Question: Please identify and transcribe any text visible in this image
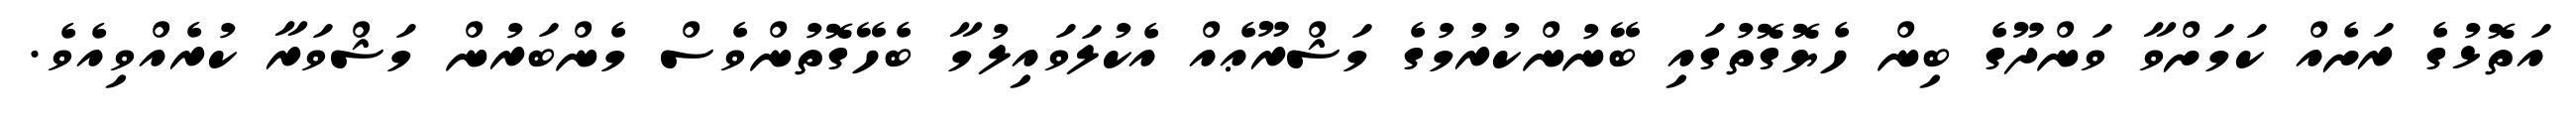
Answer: އަތޮޅުގެ ރަށެއް ކަމަށްވާ ވަންދޫގެ ބިން ހެޔޮގޮތުގައި ބޭނުންކުރުމުގެ މަޝްރޫޢެއް އެކުލަވައިލުމާ ބެހޭގޮތުންވެސް މެންބަރުން މަޝްވަރާ ކުރެއްވިއެވެ.